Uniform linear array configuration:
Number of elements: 24
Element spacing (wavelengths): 1
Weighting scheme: kaiser
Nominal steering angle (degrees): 30
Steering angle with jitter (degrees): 28.368
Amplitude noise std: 0.05
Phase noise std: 0.05

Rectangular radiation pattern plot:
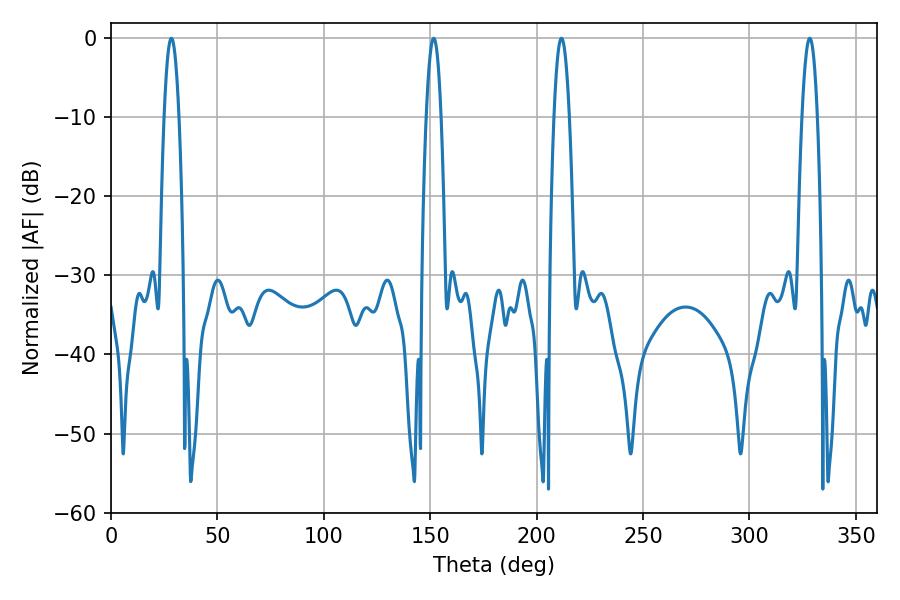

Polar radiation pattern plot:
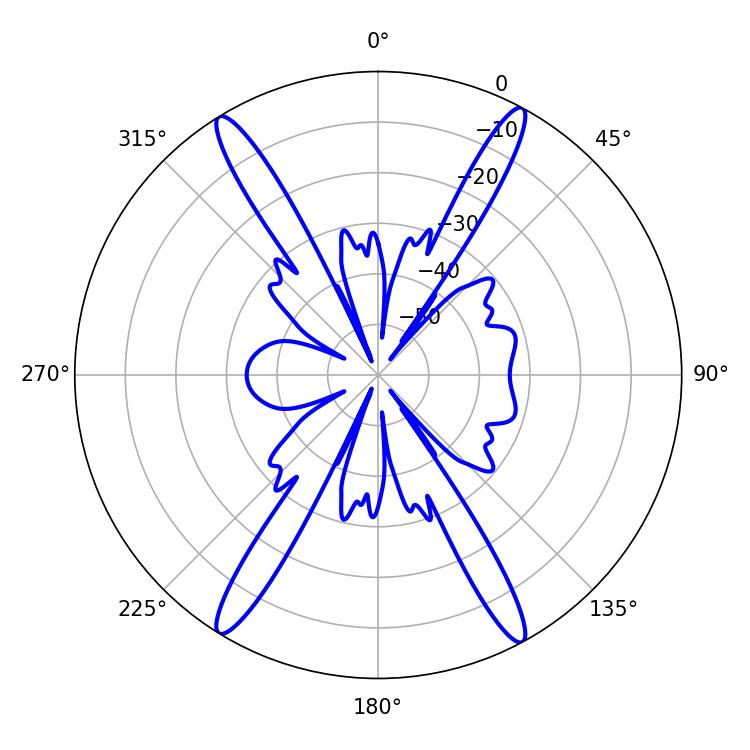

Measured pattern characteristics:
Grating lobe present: TRUE
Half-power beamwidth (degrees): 3.96
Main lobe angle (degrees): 211.68